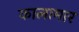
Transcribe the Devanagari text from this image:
कालामार